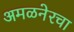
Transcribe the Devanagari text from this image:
अमळनेरचा